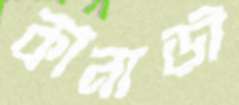
কানাড়ী